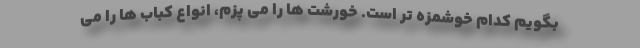
بگویم کدام خوشمزه تر است. خورشت ها را می پزم، انواع کباب ها را می